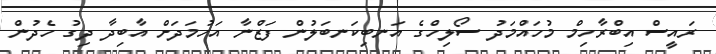
ރައީސް އިބްރާހިމް މުހައްމަދު ސޯލިހްގެ އަނބިކަނބަލުން ފަޒްނާ އަހުމަދަށް އާބިދާ ދިގު ހެދުން